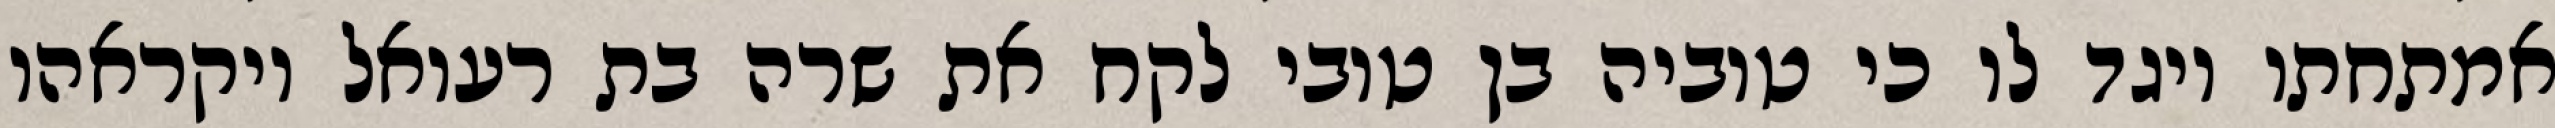
אמתחתו ויגד לו כי טוביה בן טובי לקח את שרה בת רעואל ויקראהו